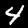
Digit: 4